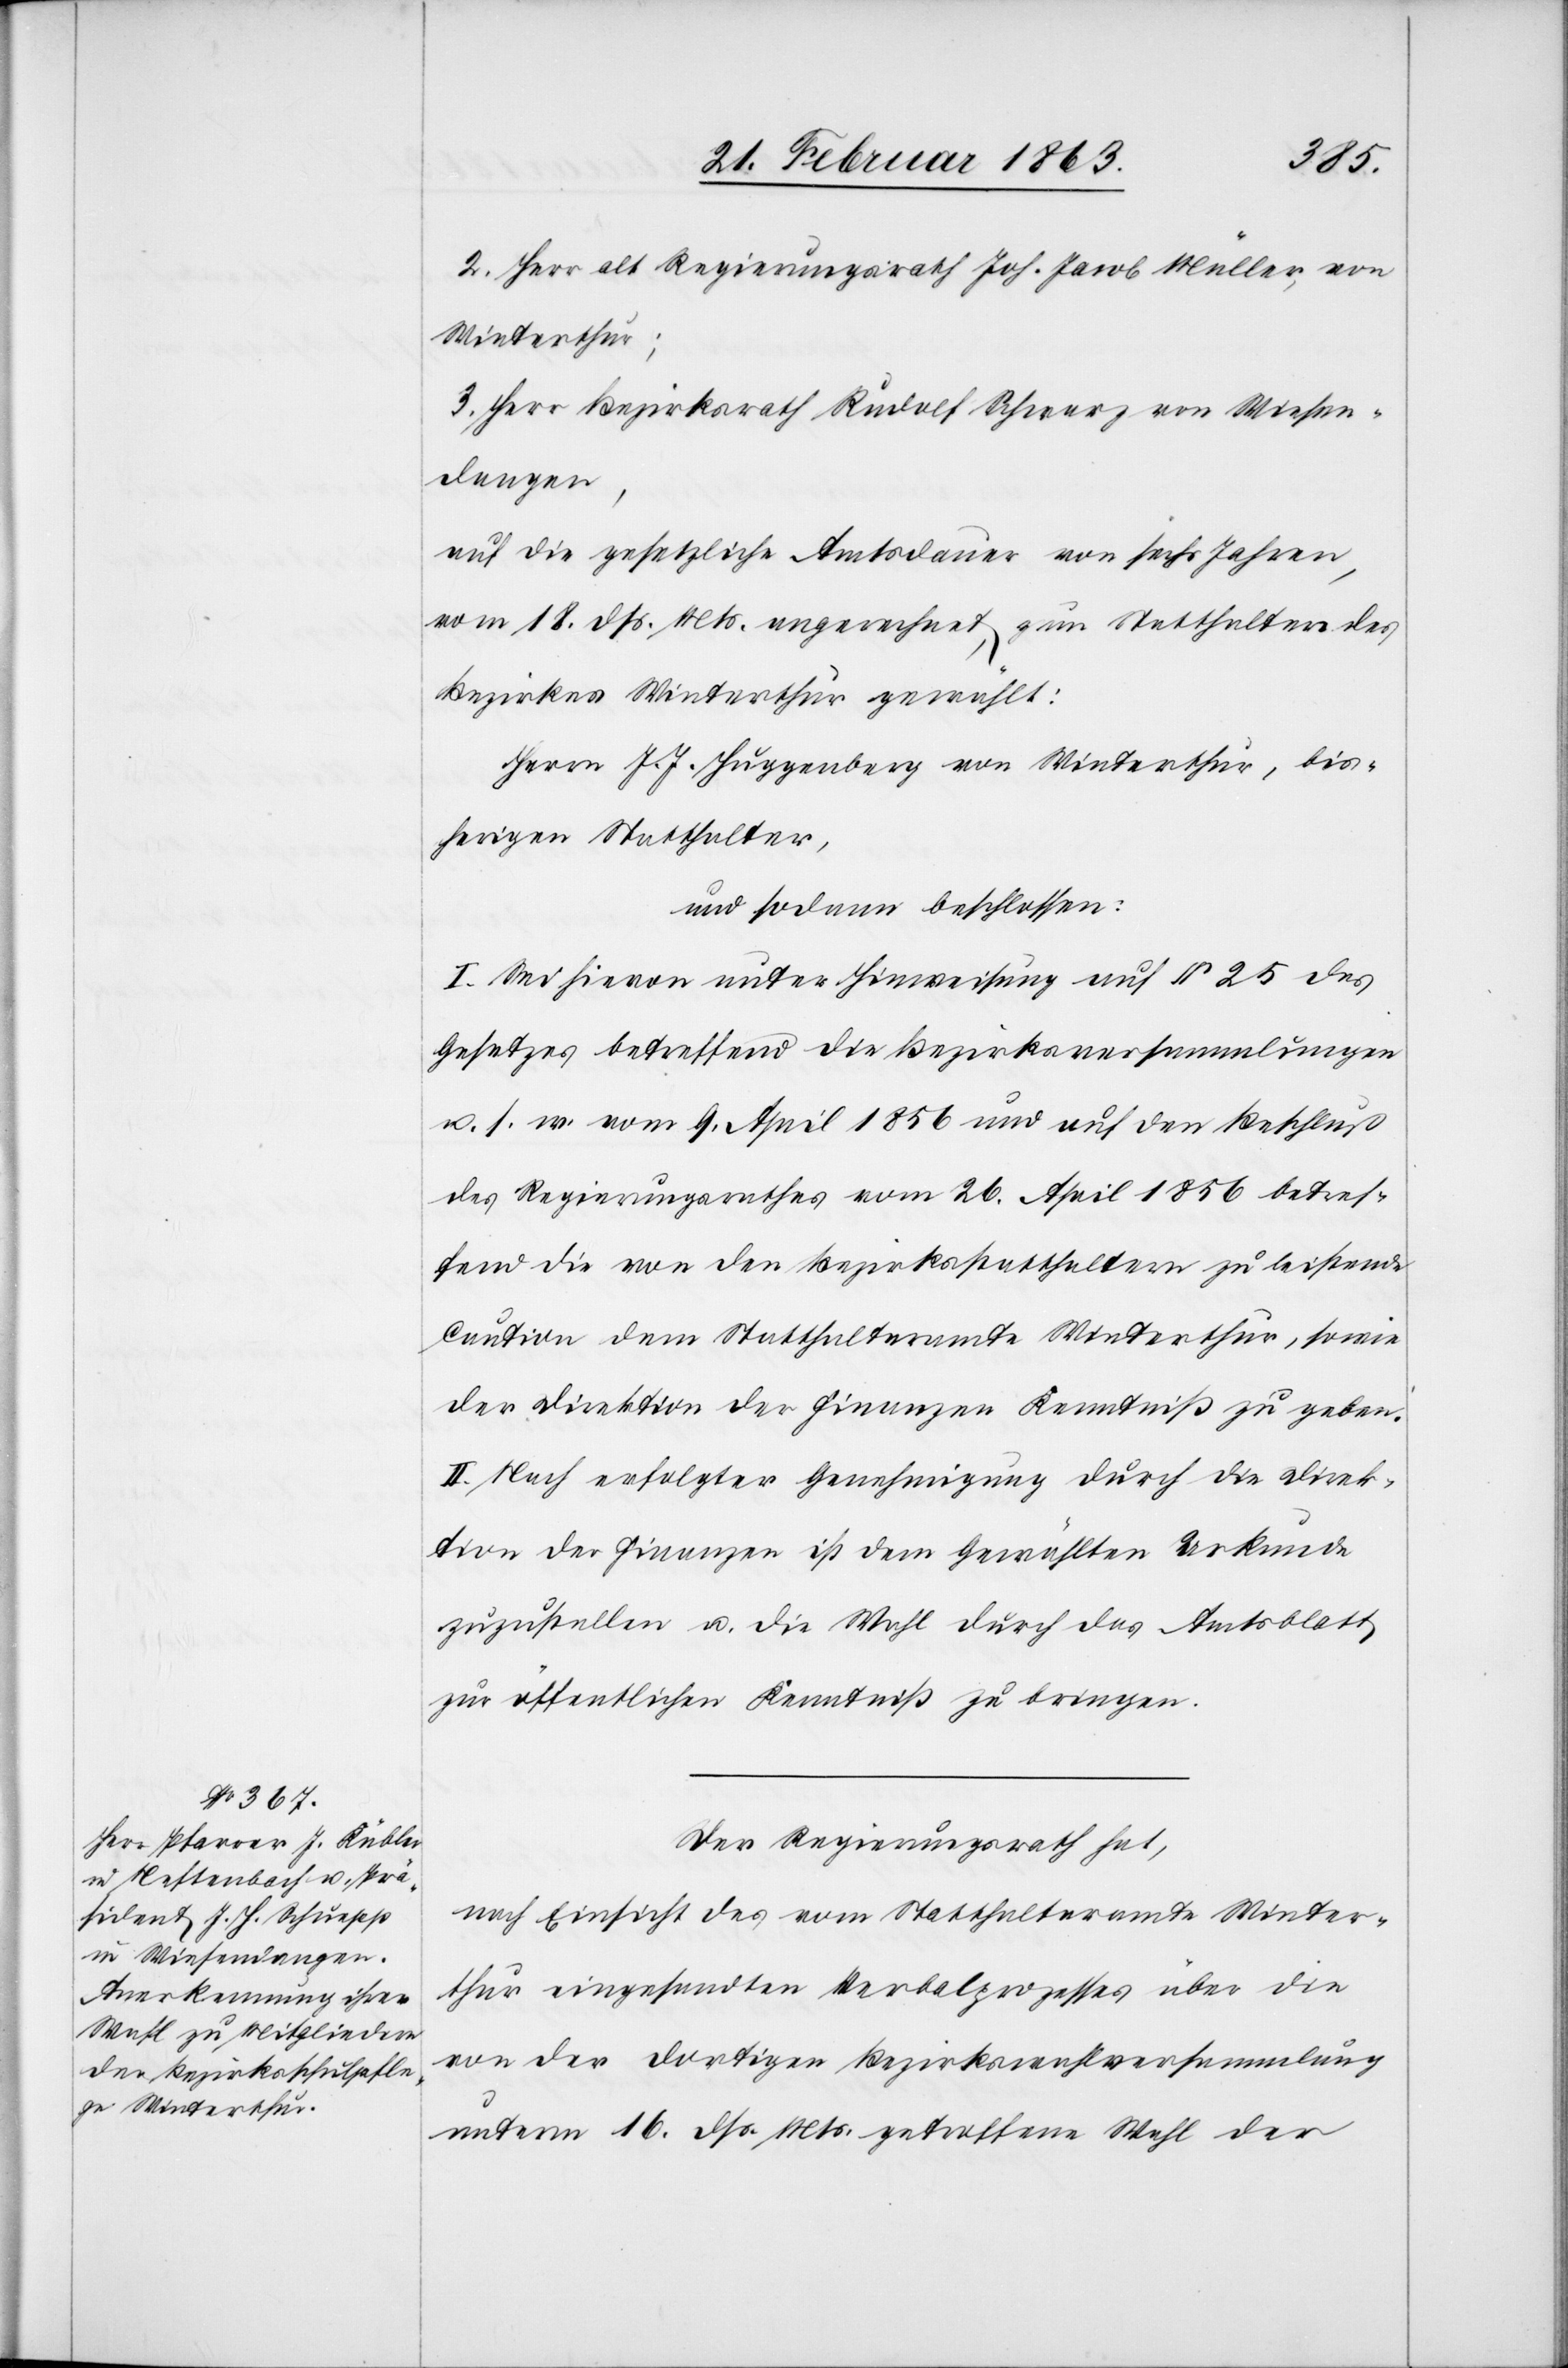
2. Herr alt Regierungsrath Joh. Jacob Müller, von
Winterthur;
3. Herr Bezirksrath Rudolf Schwarz von Wiesen¬
dangen,
auf die gesetzliche Amtsdauer von sechs Jahren,
vom 18. dß. Mts. angerechnet, zum Statthalter des
Bezirkes Winterthur gewählt:
Herr J. J. Huggenberg von Winterthur, bis¬
herigen Statthalter,
und sodann beschlossen:
I. Sei hievon unter Hinweisung auf § 25 des
Gesetzes betreffend die Bezirksversammlungen
u. s. w. vom 9. April 1856 und auf den Beschluß
des Regierungsrathes vom 26. April 1856 betref¬
fend die von den Bezirksstatthaltern zu leistende
Caution dem Statthalteramte Winterthur, sowie
der Direktion der Finanzen Kenntniß zu geben.
II. Nach erfolgter Genehmigung durch die Direk¬
tion der Finanzen ist dem Gewählten Urkunde
zuzustellen u. die Wahl durch das Amtsblatt
zur öffentlichen Kenntniß zu bringen.
Der Regierungsrath hat,
nach Einsicht des vom Statthalteramte Winter¬
thur eingesandten Verbalprozesses über die
von der dortigen Bezirkswahlversammlung
unterm 16. dß. Mts. getroffene Wahl der